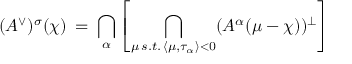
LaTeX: ( A ^ { \vee } ) ^ { \sigma } ( \chi ) \: = \: \bigcap _ { \alpha } \left[ \bigcap _ { \mu \, s . t . \, \langle \mu , \tau _ { \alpha } \rangle < 0 } ( A ^ { \alpha } ( \mu - \chi ) ) ^ { \perp } \right]